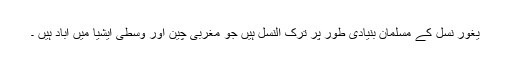
یغور نسل کے مسلمان بنیادی طور پر ترک النسل ہیں جو مغربی چین اور وسطی ایشیا میں آباد ہیں ۔